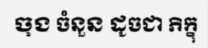
ចុង ចំនួន ដូចជា ភិក្ខុ